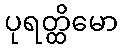
ပုရတ္ထိမော